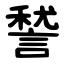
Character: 諬